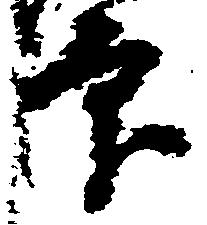
印